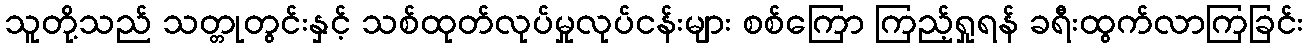
သူတို့သည် သတ္တုတွင်းနှင့် သစ်ထုတ်လုပ်မှုလုပ်ငန်းများ စစ်ကြော ကြည့်ရှုရန် ခရီးထွက်လာကြခြင်း